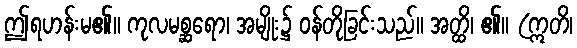
ဤရဟန်းမ၏။ ကုလမစ္ဆရော၊ အမျိုး၌ ဝန်တိုခြင်းသည်။ အတ္ထိ၊ ၏။ (ဣတိ၊